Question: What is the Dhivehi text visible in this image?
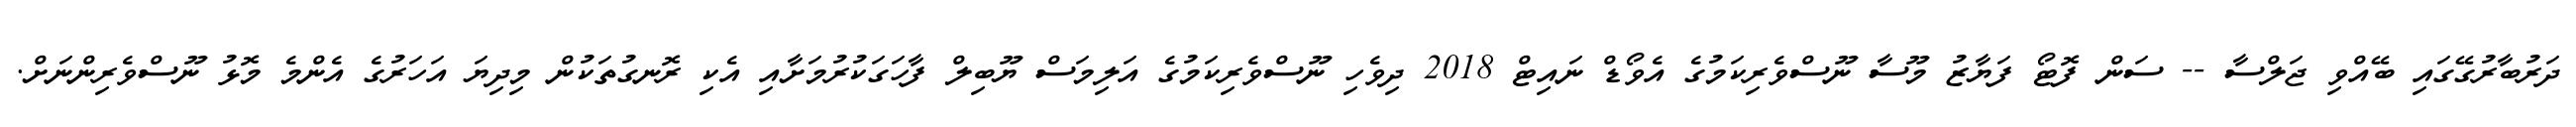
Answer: ދަރުބާރުގޭގައި ބޭއްވި ޖަލްސާ -- ސަން ފޮޓޯ ފަޔާޒު މޫސާ ނޫސްވެރިކަމުގެ އެވޯޑް ނައިޓް 2018 ދިވެހި ނޫސްވެރިކަމުގެ އަލިމަސް ޔޫބިލް ފާހަގަކުރުމަށާއި އެކި ރޮނގުތަކުން މިދިޔަ އަހަރުގެ އެންމެ މޮޅު ނޫސްވެރިންނަށް.